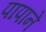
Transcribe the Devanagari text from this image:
पापाने